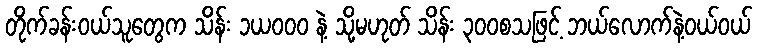
တိုက်ခန်းဝယ်သူတွေက သိန်း ၁ယဝဝဝ နဲ့ သို့မဟုတ် သိန်း ၃ဝဝစသဖြင့် ဘယ်လောက်နဲ့ဝယ်ဝယ်